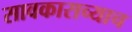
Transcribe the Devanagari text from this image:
सावकाराच्याच